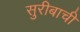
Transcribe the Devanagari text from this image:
सुरीबाची